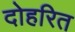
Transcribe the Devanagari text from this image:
दोहरित